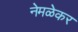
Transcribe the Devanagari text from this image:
नेमळेकर